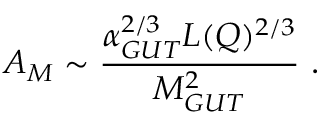
A _ { M } \sim { \frac { \alpha _ { G U T } ^ { 2 / 3 } L ( Q ) ^ { 2 / 3 } } { M _ { G U T } ^ { 2 } } } \ .